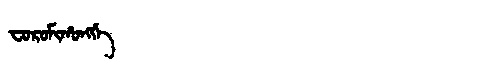
Manchu: ᠸᠣᡵᠣᠮᡳᡥᠣᠩᡤᡝ
Romanization: FOROMIHONGGE